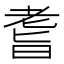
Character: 𦓀